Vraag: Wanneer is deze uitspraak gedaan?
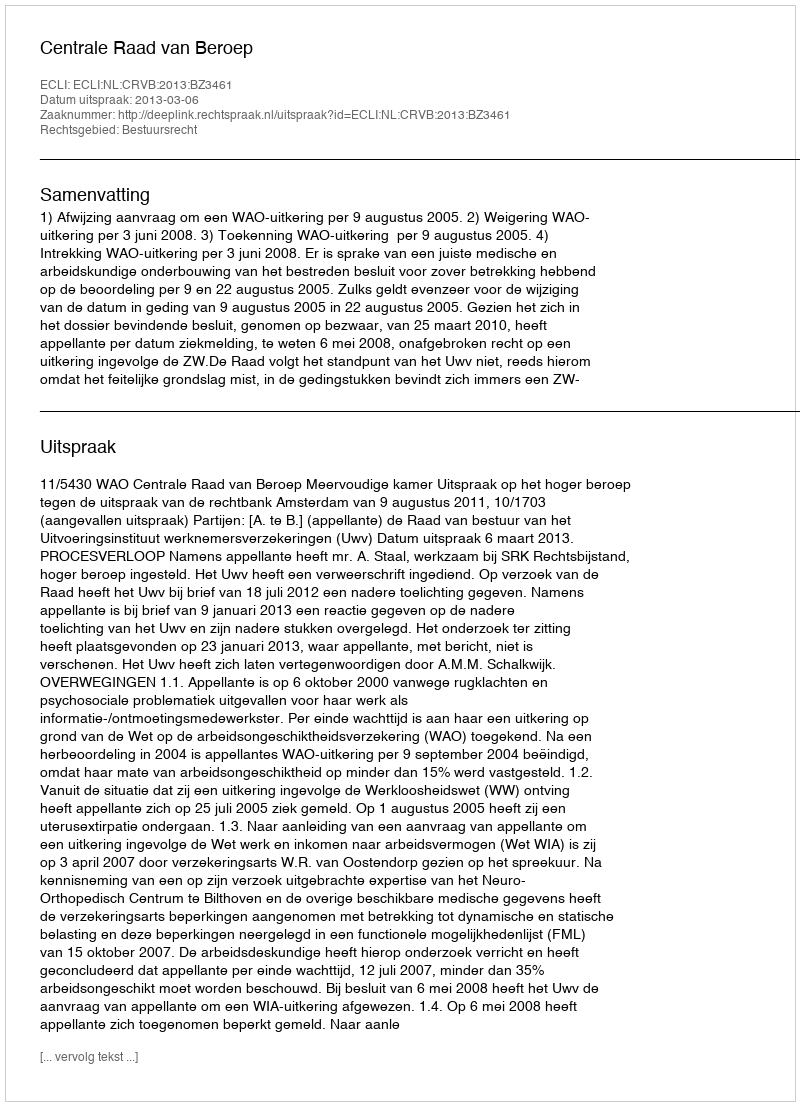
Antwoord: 2013-03-06